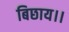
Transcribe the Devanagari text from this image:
बिछाय।।